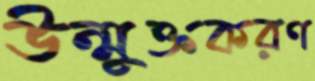
উন্মুক্তকরণ